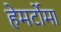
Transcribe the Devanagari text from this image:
हेमर्टोमा